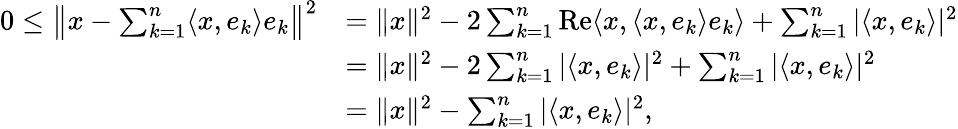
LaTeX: {\begin{array}{rl}{0\leq\left\| x-\sum_{k=1}^{n}\langle x,e_{k}\rangle e_{k}\right\| ^{2}}&{=\| x\| ^{2}-2\sum_{k=1}^{n}\operatorname{Re}\langle x,\langle x,e_{k}\rangle e_{k}\rangle+\sum_{k=1}^{n}|\langle x,e_{k}\rangle|^{2}}\\ &{=\| x\| ^{2}-2\sum_{k=1}^{n}|\langle x,e_{k}\rangle|^{2}+\sum_{k=1}^{n}|\langle x,e_{k}\rangle|^{2}}\\ &{=\| x\| ^{2}-\sum_{k=1}^{n}|\langle x,e_{k}\rangle|^{2},}\end{array}}